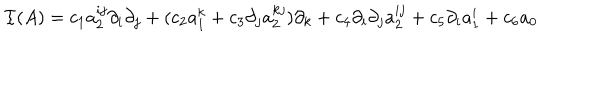
LaTeX: { \cal I } ( A ) = c _ { 1 } a _ { 2 } ^ { i j } \partial _ { i } \partial _ { j } + ( c _ { 2 } a _ { 1 } ^ { k } + c _ { 3 } \partial _ { j } a _ { 2 } ^ { k j } ) \partial _ { k } + c _ { 4 } \partial _ { i } \partial _ { j } a _ { 2 } ^ { i j } + c _ { 5 } \partial _ { i } a _ { 1 } ^ { i } + c _ { 6 } a _ { 0 }